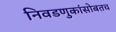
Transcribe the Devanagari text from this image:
निवडणुकांसोबतच